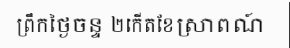
ព្រឹកថ្ងៃចន្ទ ២កើតខែស្រាពណ៍